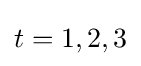
t=1,2,3